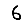
Digit: 6